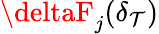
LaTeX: \deltaF_{j}(\delta_{\mathcal{T}})